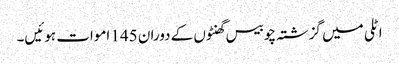
اٹلی میں گزشتہ چوبیس گھنٹوں کے دوران 145 اموات ہوئیں۔